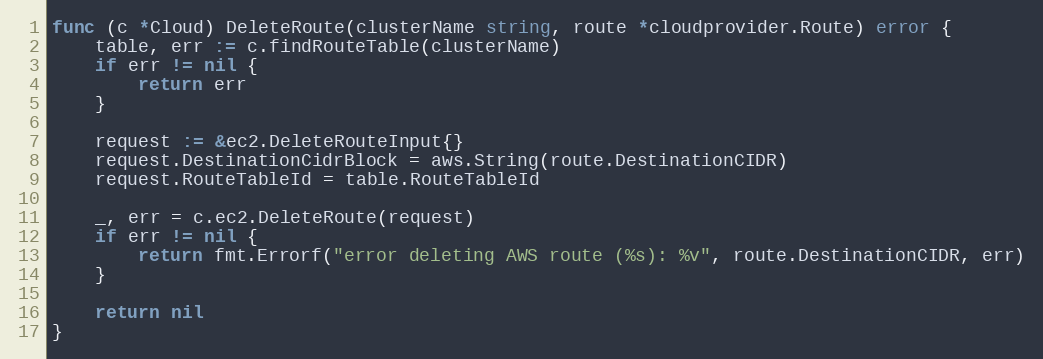
Language: Go
func (c *Cloud) DeleteRoute(clusterName string, route *cloudprovider.Route) error {
	table, err := c.findRouteTable(clusterName)
	if err != nil {
		return err
	}

	request := &ec2.DeleteRouteInput{}
	request.DestinationCidrBlock = aws.String(route.DestinationCIDR)
	request.RouteTableId = table.RouteTableId

	_, err = c.ec2.DeleteRoute(request)
	if err != nil {
		return fmt.Errorf("error deleting AWS route (%s): %v", route.DestinationCIDR, err)
	}

	return nil
}